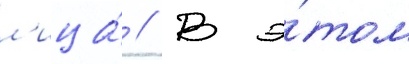
л'ица́ // В э́том